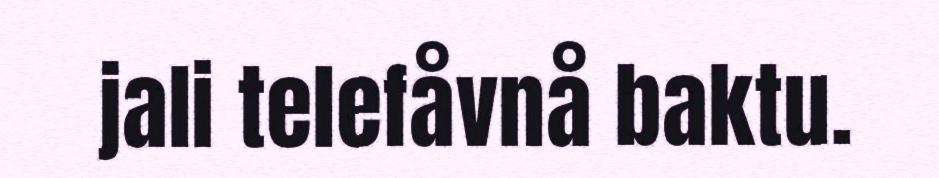
jali telefåvnå baktu.